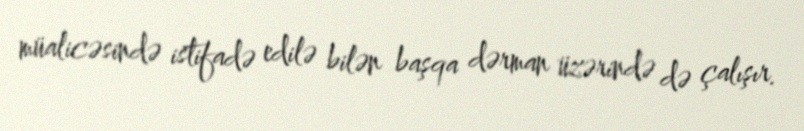
müalicəsində istifadə edilə bilən başqa dərman üzərində də çalışır.